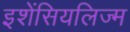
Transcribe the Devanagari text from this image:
इशेंसियलिज्म